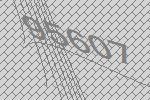
95607